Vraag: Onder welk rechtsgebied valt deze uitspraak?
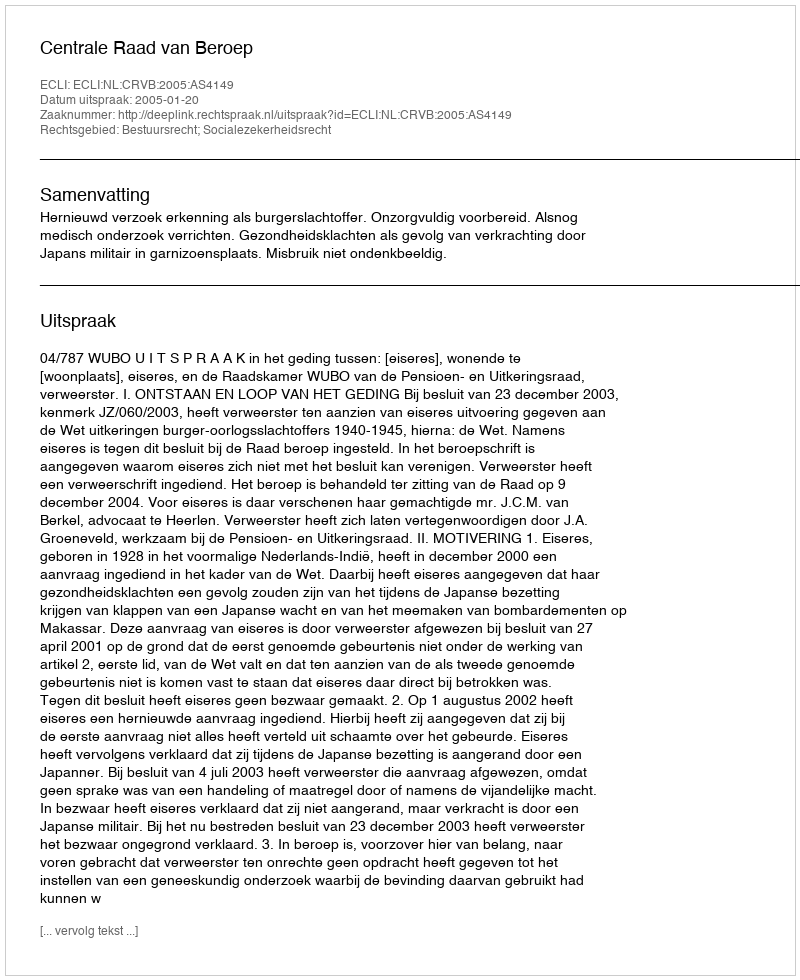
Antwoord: Bestuursrecht; Socialezekerheidsrecht